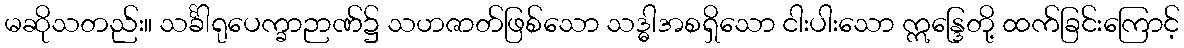
မဆိုသတည်း။ သင်္ခါရုပေက္ခာဉာဏ်၌ သဟဇာတ်ဖြစ်သော သဒ္ဓါအစရှိသော ငါးပါးသော ဣန္ဒြေတို့ ထက်ခြင်းကြောင့်